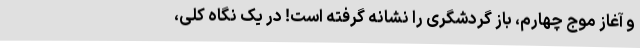
و آغاز موج چهارم، باز گردشگری را نشانه گرفته است! در یک نگاه کلی،